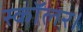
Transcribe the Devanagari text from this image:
स्कॉलर।